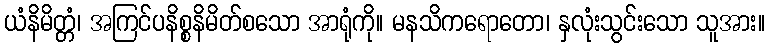
ယံနိမိတ္တံ၊ အကြင်ပနိစ္စနိမိတ်စသော အာရုံကို။ မနသိကရောတော၊ နှလုံးသွင်းသော သူအား။